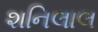
શનિલાલ